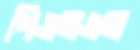
পিএমএল